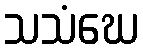
သသံဃေ